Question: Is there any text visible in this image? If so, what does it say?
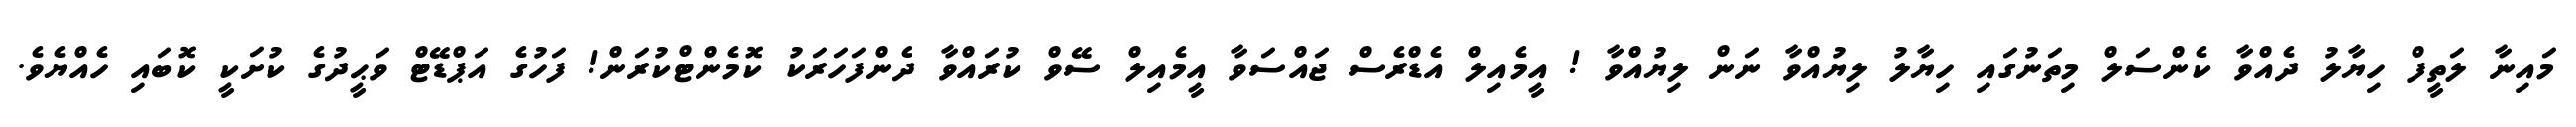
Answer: މައިނާ ލަތީފް ހިޔާލު ދެއްވާ ކެންސަލް މިތަނުގައި ހިޔާލު ލިޔުއްވާ ނަން ލިޔުއްވާ ! އީމެއިލް އެޑްރެސް ޖައްސަވާ އީމެއިލް ސޭވް ކުރައްވާ ދެންފަހަރަކު ކޮމެންޓްކުރަން! ފަހުގެ އަޕްޑޭޓް ވަޙީދުގެ ކުށަކީ ކޮބައި ހެއްޔެވެ.